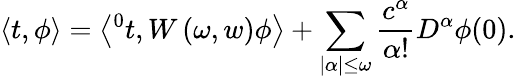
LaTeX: \left\langle t,\phi\right\rangle=\left\langle{^0t},W\left(\omega,w\right)\phi\right\rangle+\sum_{|\alpha|\leq\omega}\frac{c^{\alpha}}{\alpha!}D^{\alpha}\phi(0).